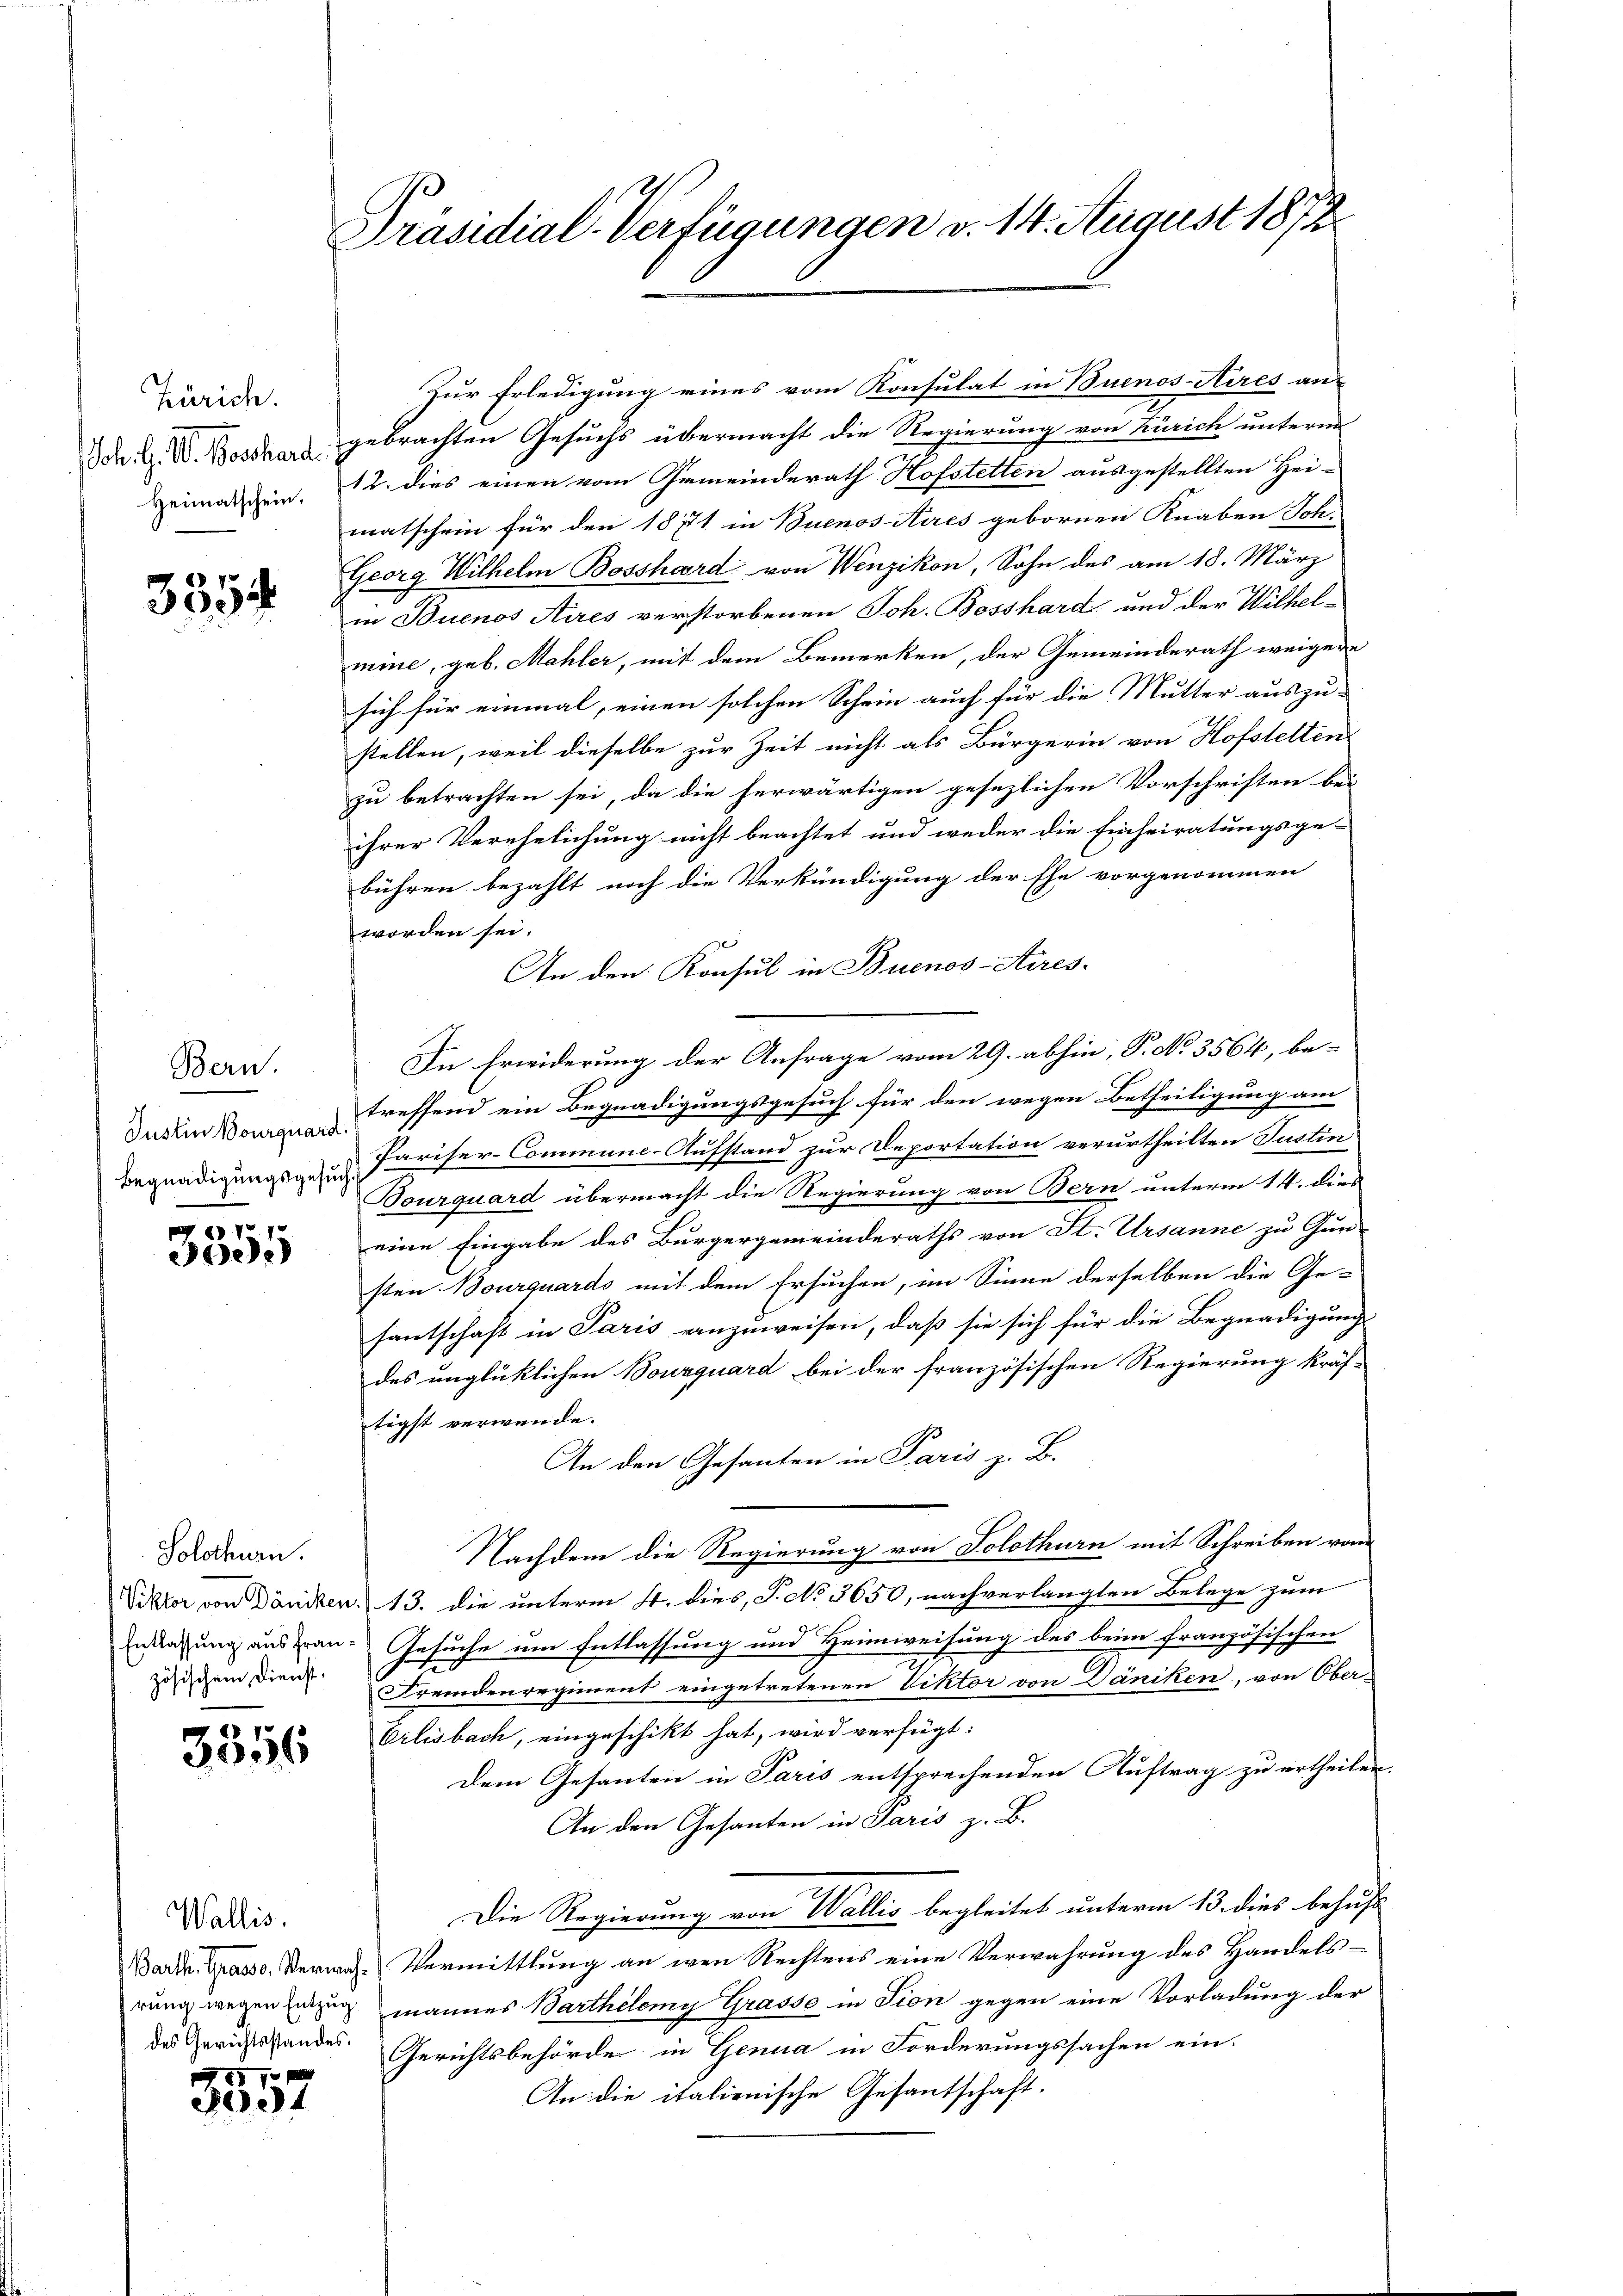
Zürich.
Joh. H. V. Beschard
Heimatschein.

3354.

Bern.
Justin Bourquard
Begnadigungsgesuch

3355

Solothurn.

3356

Wallis.

1770 x
3004

Präsidial-Verfügungen v. 14. August 1872

Zur Erledigung eines vom Konsulat in Buenos-Aires an-
gebrachten Gesuchs übermacht die Regierung von Zürich unterm
12. dies einen vom Gemeinderath Hofstetten ausgestellten Hei-
matschein für den 1871 in Buenos-Aires gebornen Knaben Sch.
Georg Wilhelm Bosshard von Wenzikon, Sohn des am 18. März
in Buenos Aires verstorbenen Joh. Bosshard und der Wilhelmine, geb. Mahler, mit dem Bemerken, der Gemeinderath weigere
sich für einmal, einen solchen Schein auch für die Mutter auszu-
stellen, weil dieselbe zur Zeit nicht als Bürgerin von Hofstetten
zu betrachten sei, da die herwärtigen gesezlichen Vorschriften bei
ihrer Verehelichung nicht beachtet und weder die Einheiratungsge-
bühren bezahlt noch die Verkündigung der Ehe vorgenommen
worden sei.
An den Konsul in Buenos-Aires.
In Erwiderung der Anfrage vom 29. abhin, P. No. 3564, betreffend ein Begnadigungsgesuch für den wegen Betheiligung am
Pariser-Commune-Aufstand zur Deportation verurtheilten Justin
Dourquard übermacht die Regierung von Bern unterm 14. dies
eine Eingabe des Bürgergemeinderaths von St. Ursanne zu Gun-
sten Bourquardo mit dem Ersuchen, im Sinne derselben die Ge-
santschaft in Paris anzuweisen, daß sie sich für die Begnadigung
des unglücklichen Bourquard bei der französischen Regierung kräf-
tigst verwende.
An den Gesanten in Paris z. B.
Nachdem die Regierung von Solothurn mit Schreiben von
Viktor von Däncken. 13. die unterm 4. dies, P. No 3650, nachverlangten Belege zum
Entlaßung aus an. Gesuche um Entlassung und Heimweisung des beim französischen
zösischen Diens Fremdenregiment eingetretenen Viktor von Däniken, von Ober-
Eilisbach, eingeschikt hat, wird verfügt:
Dem Gesanten in Paris entsprechenden Auftrag zu ertheilen.
An den Gesanten in Paris z. B.
Die Regierung von Wallis begleitet unterm 13. dies behufs
Barde, Grasso Verwache Vermittlung an wen Rechtens eine Verwahrung des Handelsrung wegen Einzug mannes Bartheleny Grasso in Tion gegen eine Vorladung der
des Gerichtshandes Gerichtsbehörde in Genua in Forderungssachen ein-
An die italienische Gesantschaft.